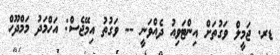
ޑރ. ޖަމީލް ވަގުތަށް އިންޓަވިއު ދެއްވަނީ -- ވަގުތު އިމޭޖެސް: އަހްމަދު މަމްދޫހް